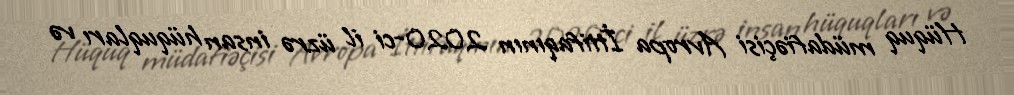
Hüquq müdafiəçisi Avropa İttifaqının 2020-ci il üzrə insan hüquqları və